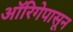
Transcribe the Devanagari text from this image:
ऑरिगेपासून